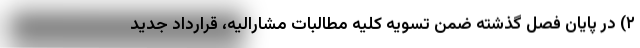
۲) در پایان فصل گذشته ضمن تسویه کلیه مطالبات مشارالیه، قرارداد جدید